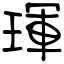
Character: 琿